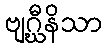
ဗျဂ္ဃီနိသာ